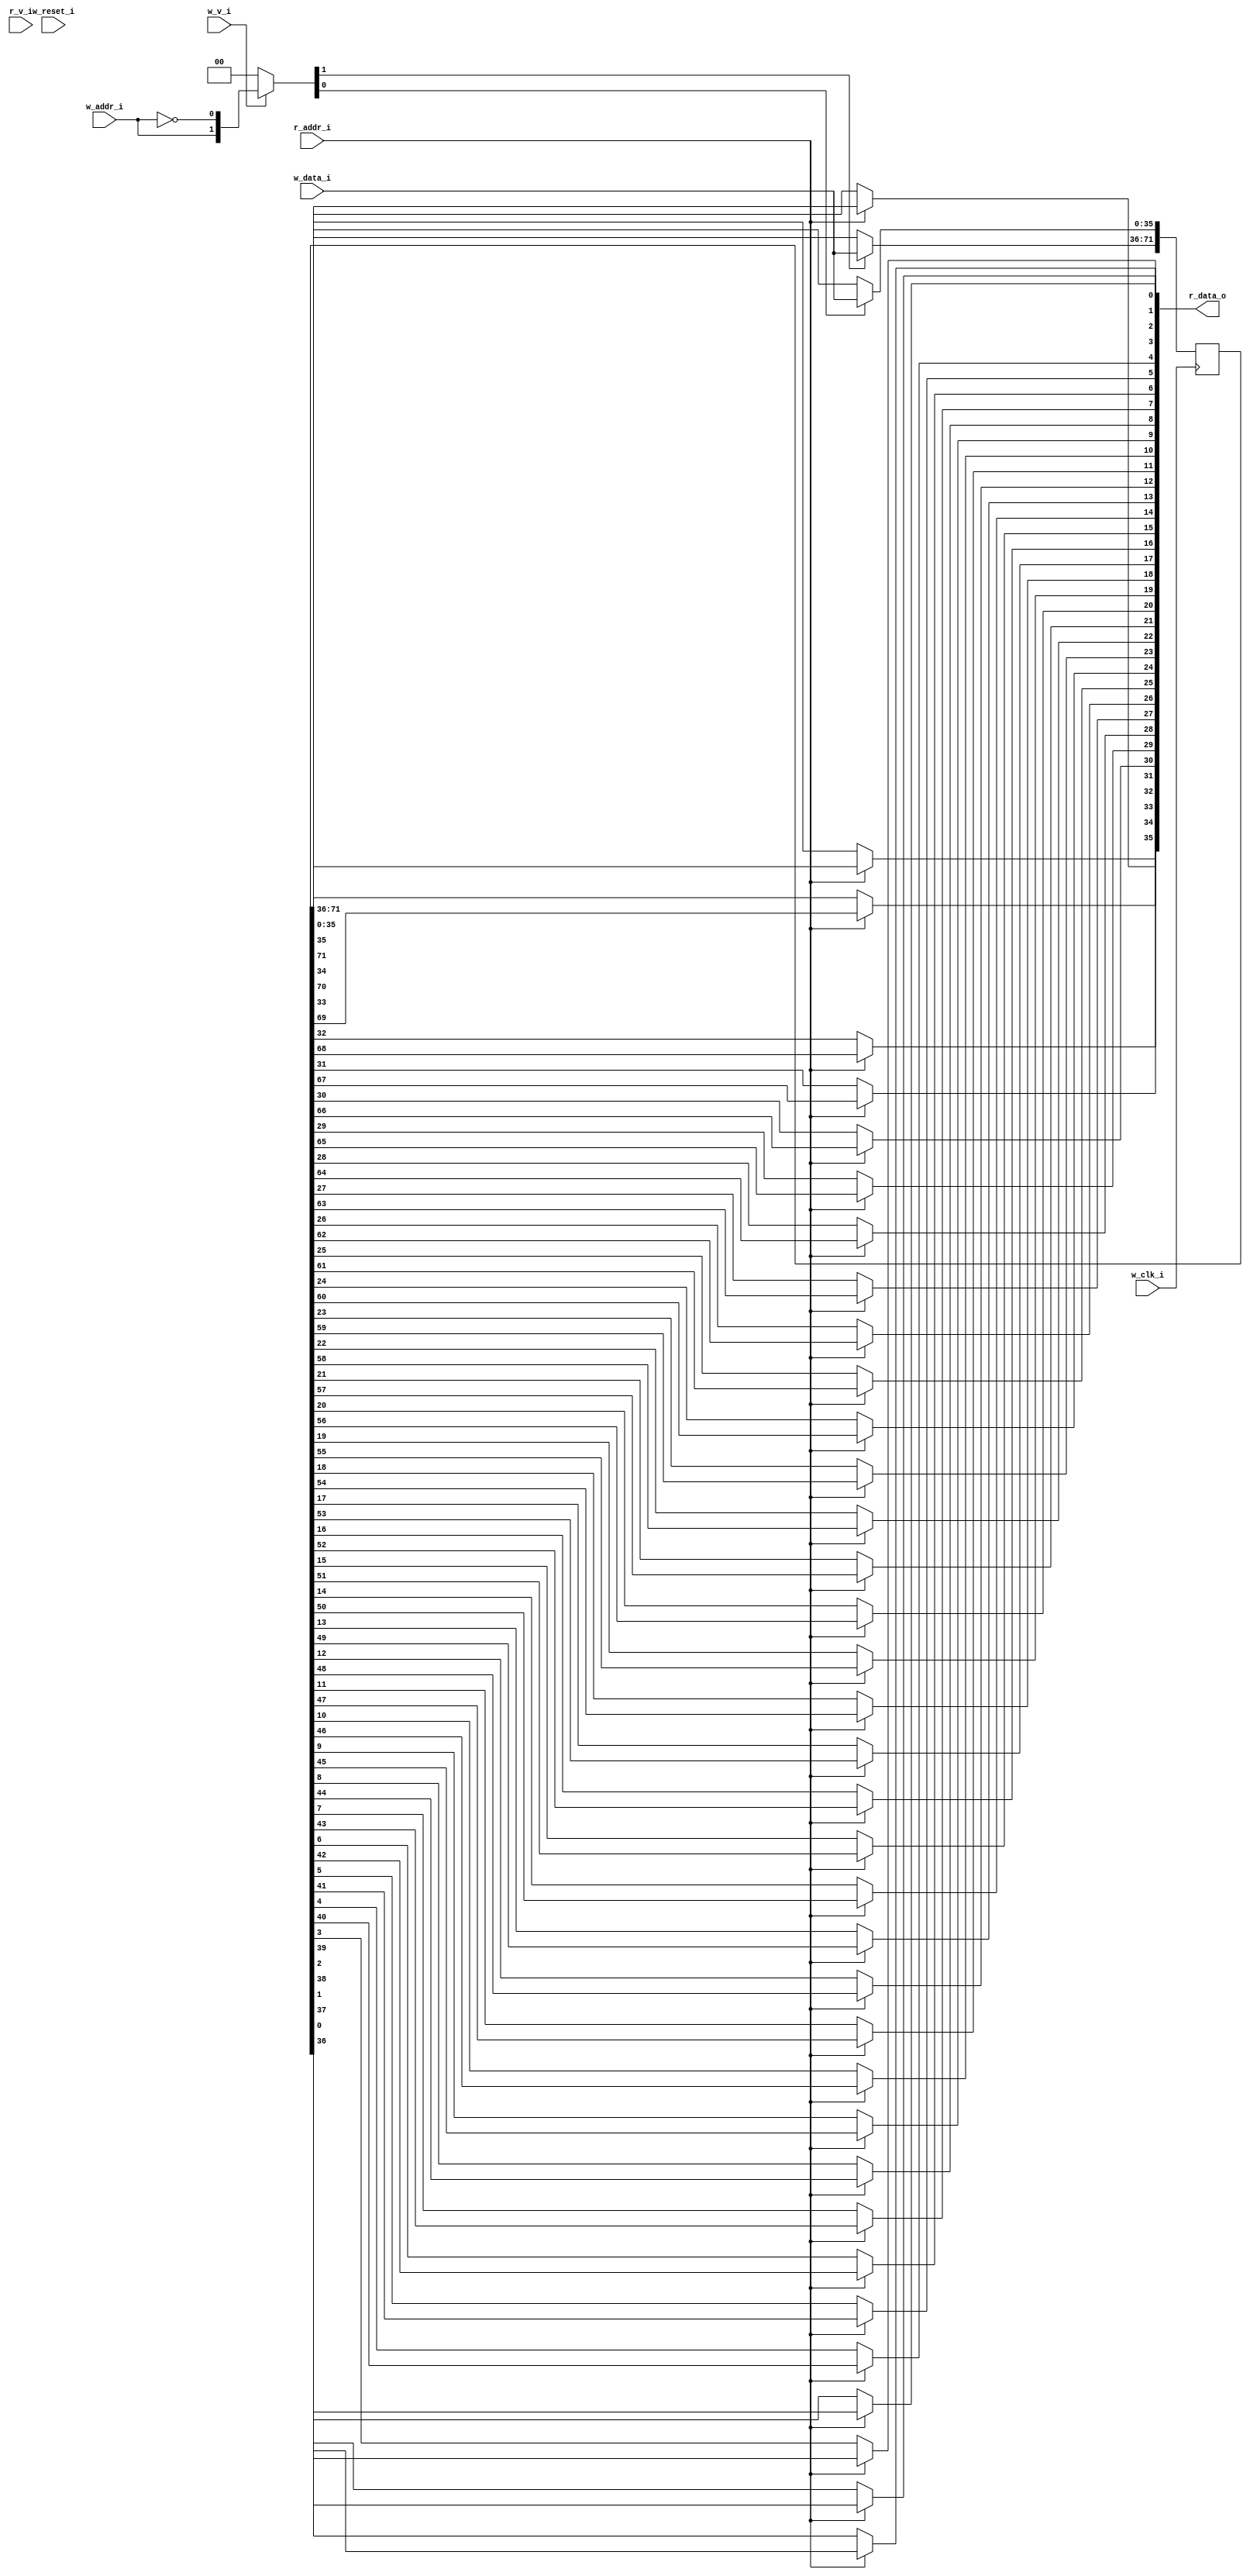
module bsg_mem_1r1w_synth_width_p36_els_p2_read_write_same_addr_p0_harden_p0
(
  w_clk_i,
  w_reset_i,
  w_v_i,
  w_addr_i,
  w_data_i,
  r_v_i,
  r_addr_i,
  r_data_o
);

  input [0:0] w_addr_i;
  input [35:0] w_data_i;
  input [0:0] r_addr_i;
  output [35:0] r_data_o;
  input w_clk_i;
  input w_reset_i;
  input w_v_i;
  input r_v_i;
  wire [35:0] r_data_o;
  wire N0,N1,N2,N3,N4,N5,N7,N8;
  reg [71:0] mem;
  assign r_data_o[35] = (N3)? mem[35] :
                        (N0)? mem[71] : 1'b0;
  assign N0 = r_addr_i[0];
  assign r_data_o[34] = (N3)? mem[34] :
                        (N0)? mem[70] : 1'b0;
  assign r_data_o[33] = (N3)? mem[33] :
                        (N0)? mem[69] : 1'b0;
  assign r_data_o[32] = (N3)? mem[32] :
                        (N0)? mem[68] : 1'b0;
  assign r_data_o[31] = (N3)? mem[31] :
                        (N0)? mem[67] : 1'b0;
  assign r_data_o[30] = (N3)? mem[30] :
                        (N0)? mem[66] : 1'b0;
  assign r_data_o[29] = (N3)? mem[29] :
                        (N0)? mem[65] : 1'b0;
  assign r_data_o[28] = (N3)? mem[28] :
                        (N0)? mem[64] : 1'b0;
  assign r_data_o[27] = (N3)? mem[27] :
                        (N0)? mem[63] : 1'b0;
  assign r_data_o[26] = (N3)? mem[26] :
                        (N0)? mem[62] : 1'b0;
  assign r_data_o[25] = (N3)? mem[25] :
                        (N0)? mem[61] : 1'b0;
  assign r_data_o[24] = (N3)? mem[24] :
                        (N0)? mem[60] : 1'b0;
  assign r_data_o[23] = (N3)? mem[23] :
                        (N0)? mem[59] : 1'b0;
  assign r_data_o[22] = (N3)? mem[22] :
                        (N0)? mem[58] : 1'b0;
  assign r_data_o[21] = (N3)? mem[21] :
                        (N0)? mem[57] : 1'b0;
  assign r_data_o[20] = (N3)? mem[20] :
                        (N0)? mem[56] : 1'b0;
  assign r_data_o[19] = (N3)? mem[19] :
                        (N0)? mem[55] : 1'b0;
  assign r_data_o[18] = (N3)? mem[18] :
                        (N0)? mem[54] : 1'b0;
  assign r_data_o[17] = (N3)? mem[17] :
                        (N0)? mem[53] : 1'b0;
  assign r_data_o[16] = (N3)? mem[16] :
                        (N0)? mem[52] : 1'b0;
  assign r_data_o[15] = (N3)? mem[15] :
                        (N0)? mem[51] : 1'b0;
  assign r_data_o[14] = (N3)? mem[14] :
                        (N0)? mem[50] : 1'b0;
  assign r_data_o[13] = (N3)? mem[13] :
                        (N0)? mem[49] : 1'b0;
  assign r_data_o[12] = (N3)? mem[12] :
                        (N0)? mem[48] : 1'b0;
  assign r_data_o[11] = (N3)? mem[11] :
                        (N0)? mem[47] : 1'b0;
  assign r_data_o[10] = (N3)? mem[10] :
                        (N0)? mem[46] : 1'b0;
  assign r_data_o[9] = (N3)? mem[9] :
                       (N0)? mem[45] : 1'b0;
  assign r_data_o[8] = (N3)? mem[8] :
                       (N0)? mem[44] : 1'b0;
  assign r_data_o[7] = (N3)? mem[7] :
                       (N0)? mem[43] : 1'b0;
  assign r_data_o[6] = (N3)? mem[6] :
                       (N0)? mem[42] : 1'b0;
  assign r_data_o[5] = (N3)? mem[5] :
                       (N0)? mem[41] : 1'b0;
  assign r_data_o[4] = (N3)? mem[4] :
                       (N0)? mem[40] : 1'b0;
  assign r_data_o[3] = (N3)? mem[3] :
                       (N0)? mem[39] : 1'b0;
  assign r_data_o[2] = (N3)? mem[2] :
                       (N0)? mem[38] : 1'b0;
  assign r_data_o[1] = (N3)? mem[1] :
                       (N0)? mem[37] : 1'b0;
  assign r_data_o[0] = (N3)? mem[0] :
                       (N0)? mem[36] : 1'b0;
  assign N5 = ~w_addr_i[0];
  assign { N8, N7 } = (N1)? { w_addr_i[0:0], N5 } :
                      (N2)? { 1'b0, 1'b0 } : 1'b0;
  assign N1 = w_v_i;
  assign N2 = N4;
  assign N3 = ~r_addr_i[0];
  assign N4 = ~w_v_i;

  always @(posedge w_clk_i) begin
    if(N8) begin
      { mem[71:36] } <= { w_data_i[35:0] };
    end
    if(N7) begin
      { mem[35:0] } <= { w_data_i[35:0] };
    end
  end


endmodule